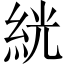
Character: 絖